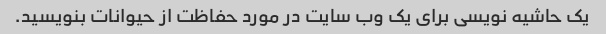
یک حاشیه نویسی برای یک وب سایت در مورد حفاظت از حیوانات بنویسید.